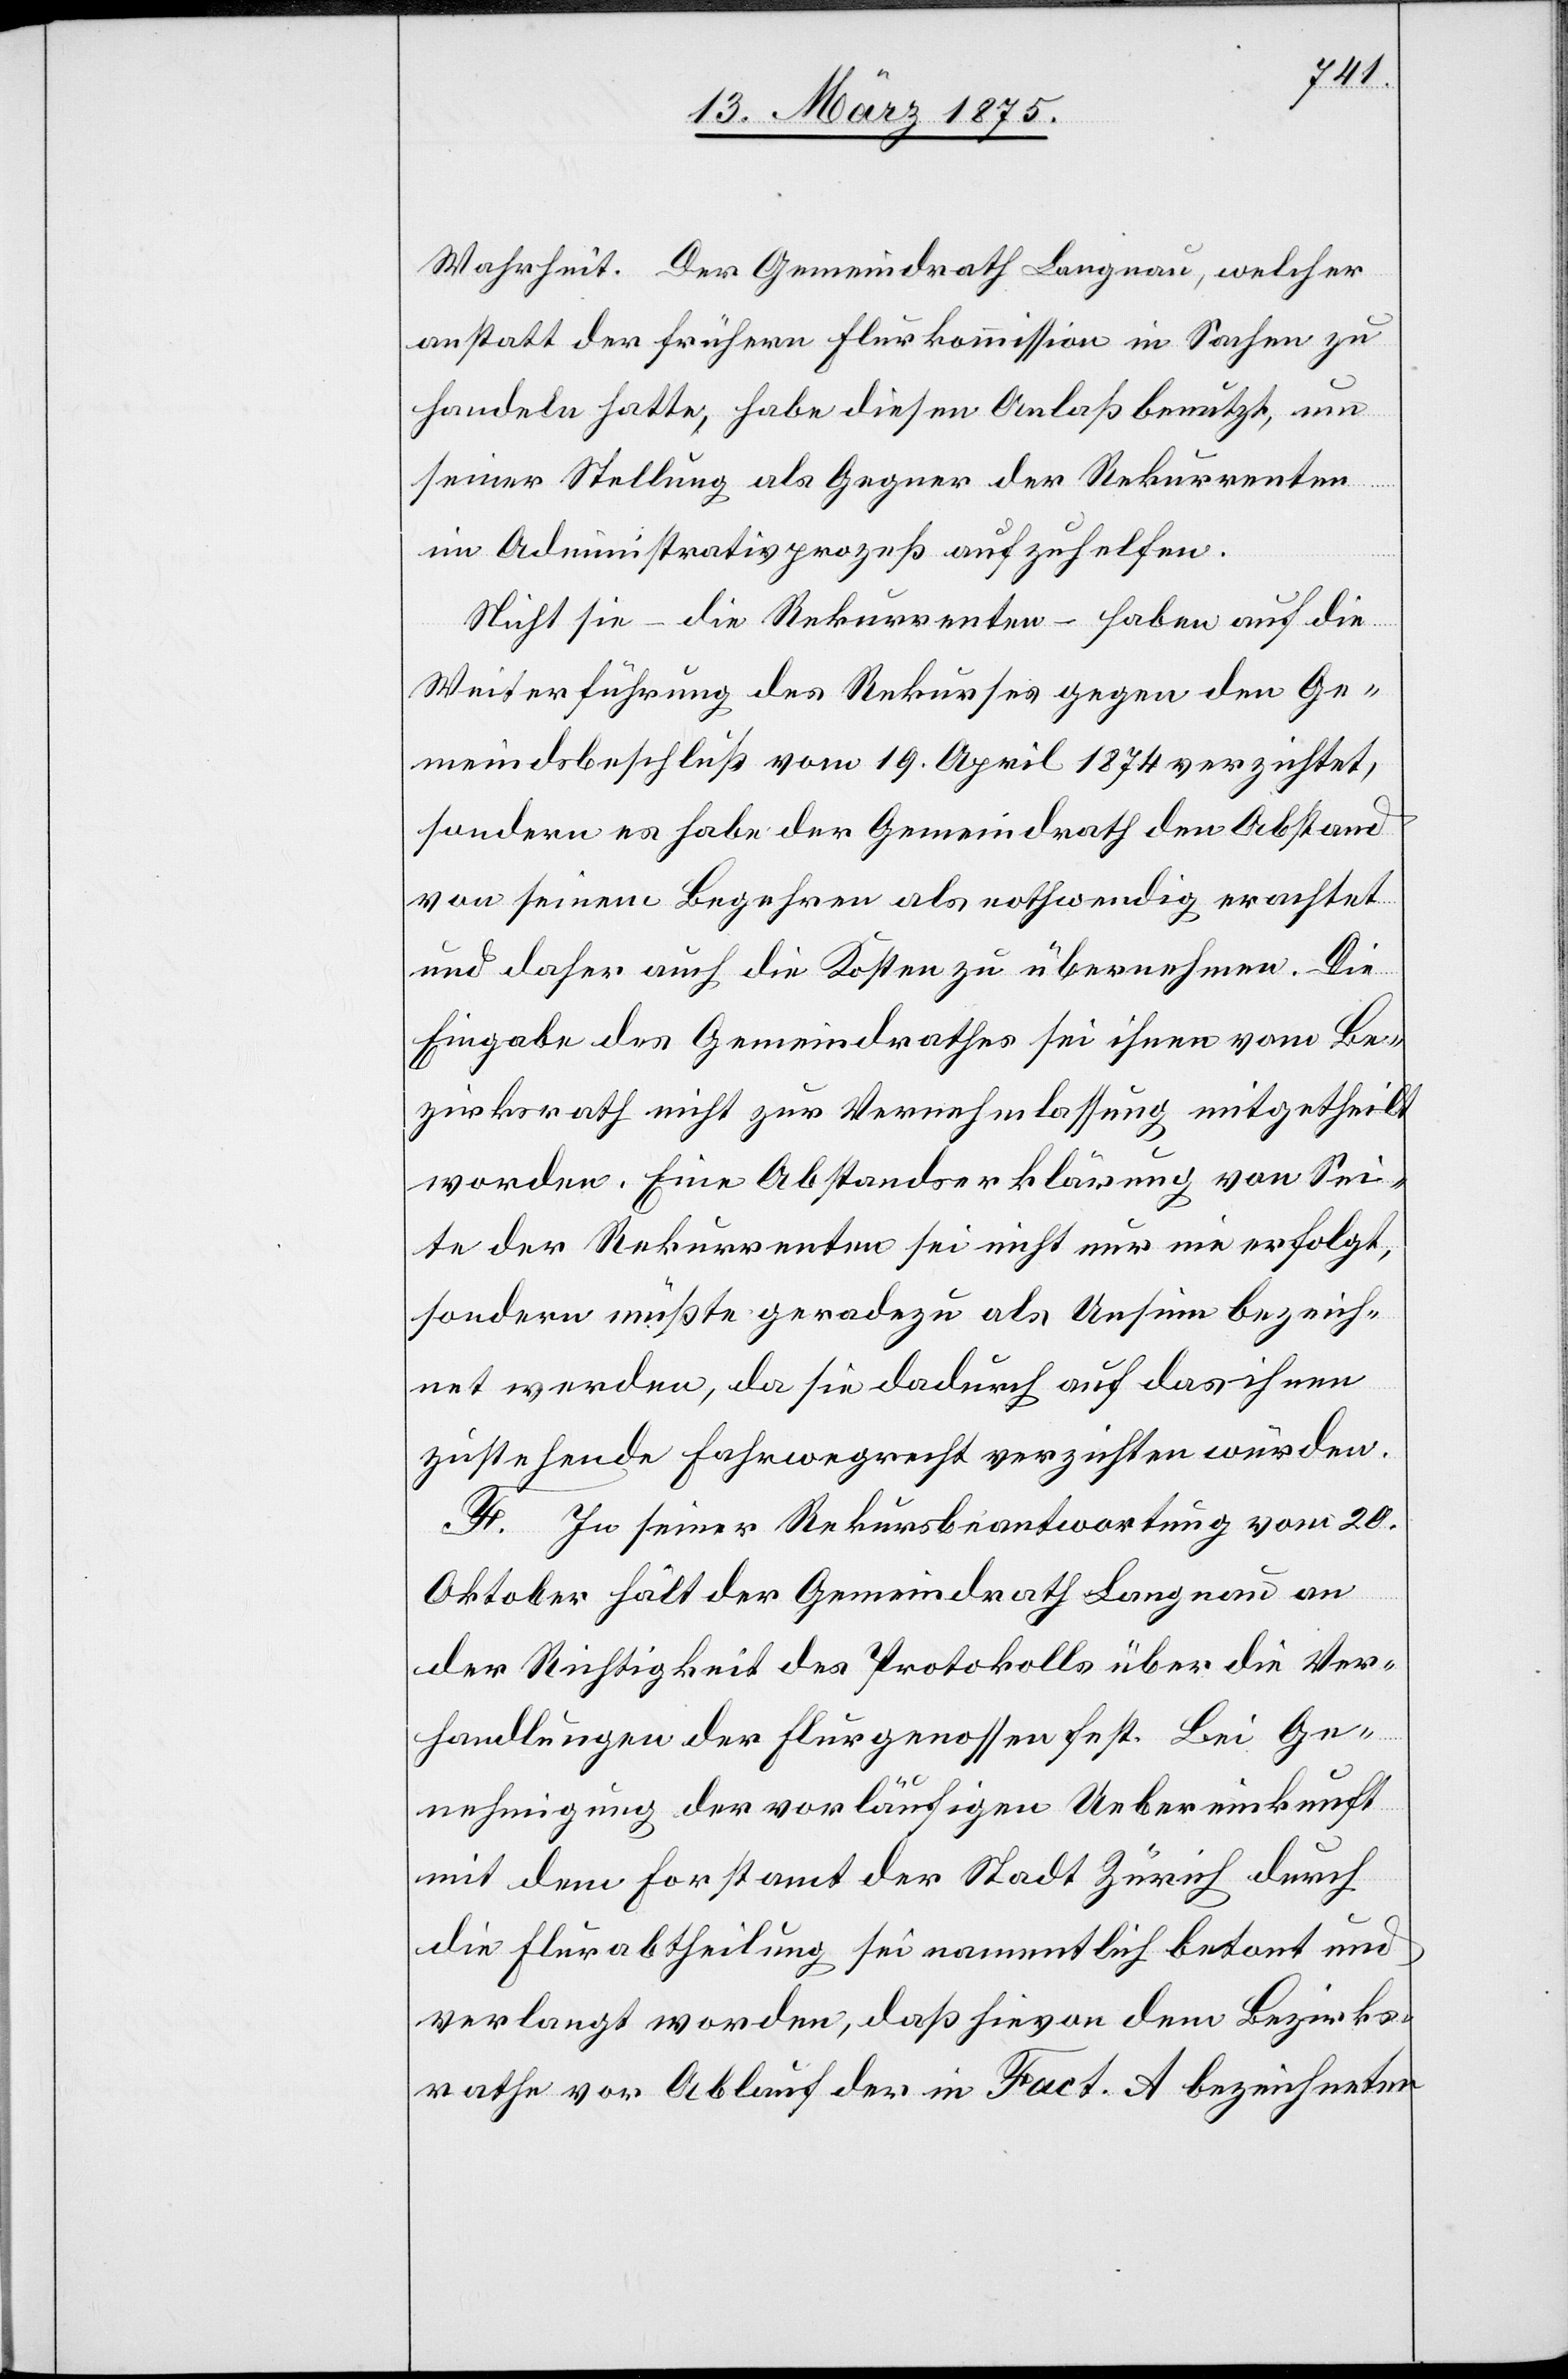
Wahrheit. Der Gemeindrath Langnau, welcher
anstatt der frühern Flurkommission in Sachen zu
handeln hatte, habe diesen Anlaß benutzt, um
seiner Stellung als Gegner der Rekurrenten
im Administrationsgesetz aufzuhelfen.
Nicht sie – Rekurrenten – haben auf die
Weiterführung des Rekurses gegen den Ge¬
meindebeschluß vom 19. April 1874 verzichtet,
sondern es habe der Gemeindrath den Abstand
von seinem Begehren als nothwendig erachtet
und daher auch die Kosten zu übernehmen. Die
Eingabe des Gemeindrathes sei ihnen vom Be¬
zirksrath nicht zur Vernehmlassung mitgetheilt
worden. Eine Abstandserklärung von Sei¬
te der Rekurrenten sei nicht nur nie erfolgt,
sondern müßte geradezu als Unsinn bezeich¬
net werden, da sie dadurch auf das ihnen
zustehende Fahrwegrecht verzichten würden.
In seiner Rekursbeantwortung vom 20.
Oktober hält der Gemeindrath Langnau an
der Richtigkeit des Protokolls über die Ver¬
handlungen der Flurgenossen fest. Bei Ge¬
nehmigung der vorläufigen Uebereinkunft
mit dem Forstamt der Stadt Zürich durch
die Flurabtheilung sei namentlich betont und
verlangt worden, daß hievon dem Bezirks¬
rathe vor Ablauf der in Fact. A bezeichneten